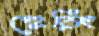
হেরিং